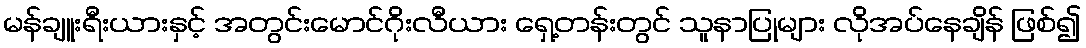
မန်ချူးရီးယားနှင့် အတွင်းမောင်ဂိုးလီယား ရှေ့တန်းတွင် သူနာပြုများ လိုအပ်နေချိန် ဖြစ်၍